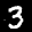
Label: 3